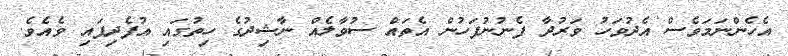
އެހެންނަމަވެސް އެދުވަހު ވަރުދާ ފެނުނުފަހުން އެތައް ސުވާލެއް ނާޝިދުގެ ހިތުގައި އުފެދިފައި ވެއެވެ.